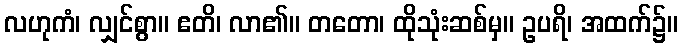
လဟုကံ၊ လျှင်စွာ။ ဧတိ၊ လာ၏။ တတော၊ ထိုသုံးဆစ်မှ။ ဥပရိ၊ အထက်၌။